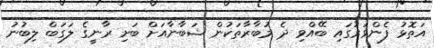
އަތޮޅު ފެންވަރުގައި ބޭއްވި ދެ މުބާރާތަކުން ޝަބާނާއަށް ބަށި ރާނީގެ ލަގަބް ލިބުނު